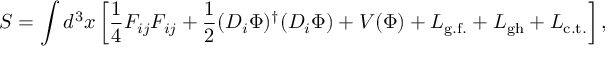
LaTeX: S = \int d ^ { 3 } x \left[ \frac { 1 } { 4 } F _ { i j } F _ { i j } + \frac { 1 } { 2 } ( D _ { i } \Phi ) ^ { \dagger } ( D _ { i } \Phi ) + V ( \Phi ) + { \cal L } _ { \mathrm { g . f . } } + { \cal L } _ { \mathrm { g h } } + { \cal L } _ { \mathrm { c . t . } } \right] ,